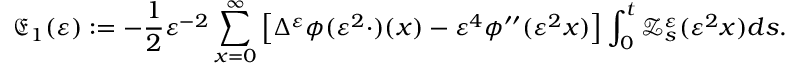
\mathfrak { E } _ { 1 } ( \varepsilon ) : = - \frac { 1 } { 2 } \varepsilon ^ { - 2 } \sum _ { x = 0 } ^ { \infty } \left[ \Delta ^ { \varepsilon } \phi ( \varepsilon ^ { 2 } \cdot ) ( x ) - \varepsilon ^ { 4 } \phi ^ { \prime \prime } ( \varepsilon ^ { 2 } x ) \right] \int _ { 0 } ^ { t } \mathscr { Z } _ { s } ^ { \varepsilon } ( \varepsilon ^ { 2 } x ) d s .